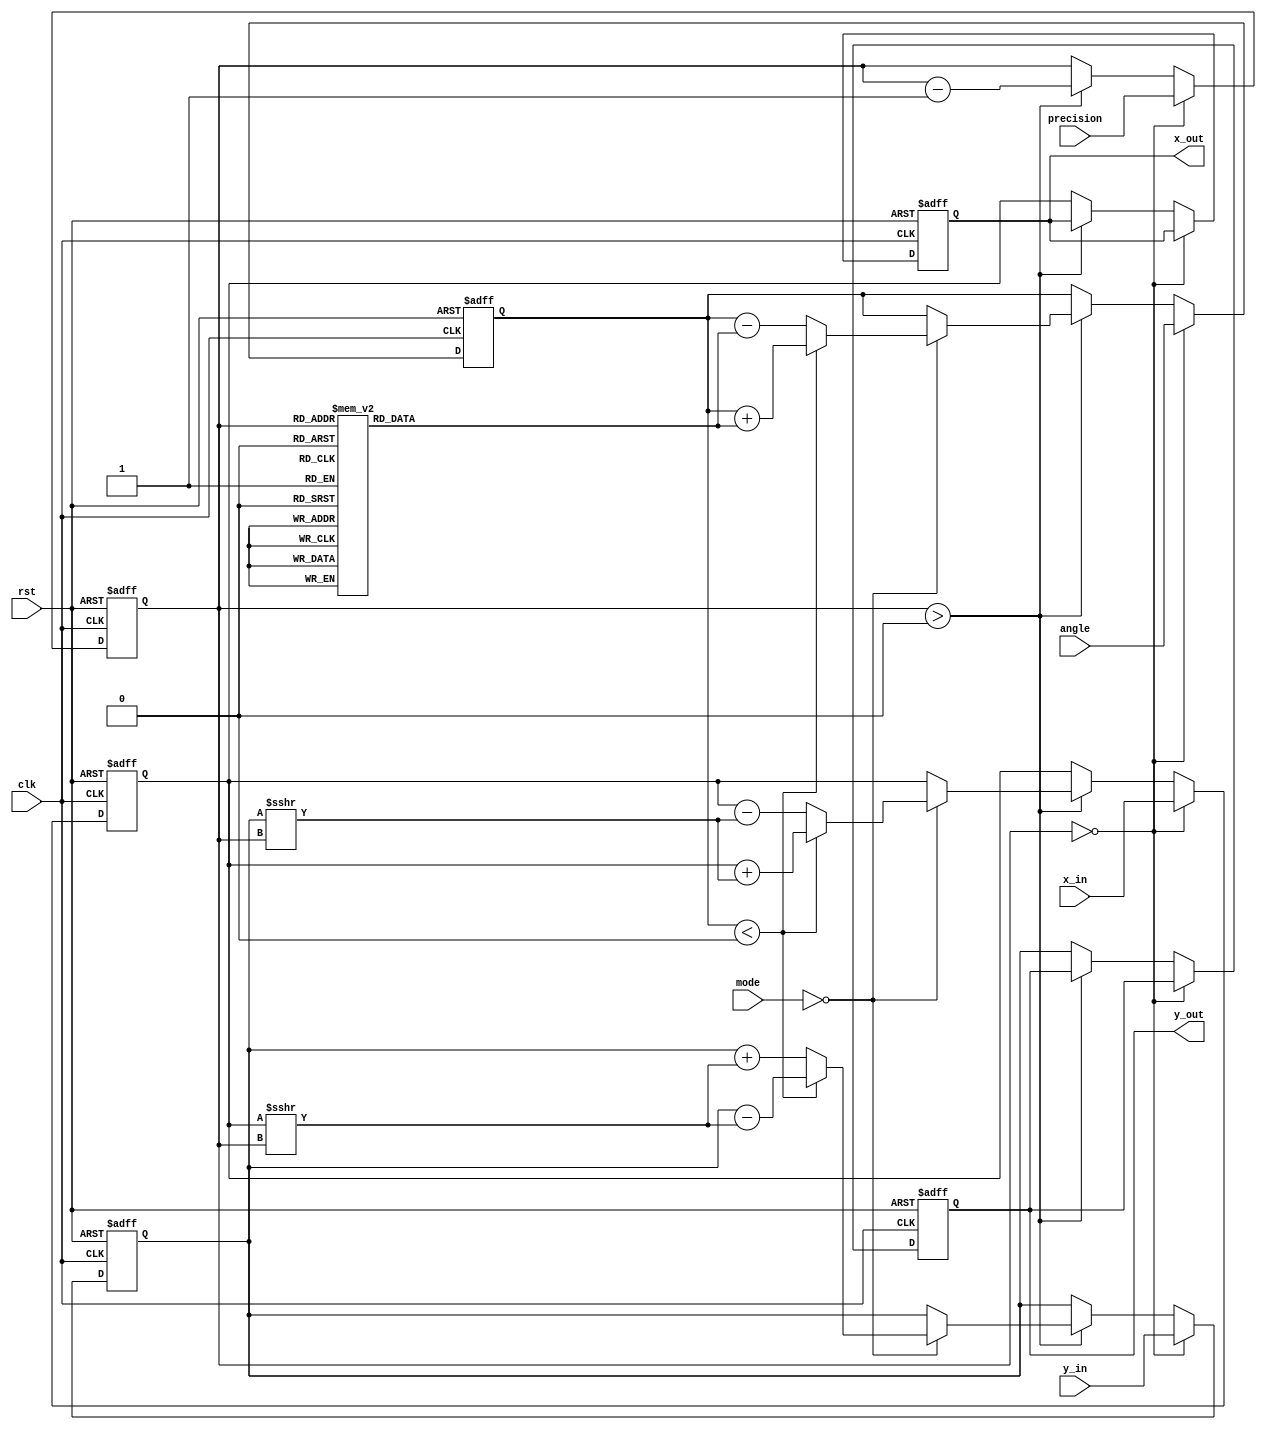
module adaptive_cordic (
    input wire clk,
    input wire rst,
    input wire [15:0] x_in,      // Input X coordinate
    input wire [15:0] y_in,      // Input Y coordinate
    input wire [15:0] angle,      // Input angle for rotation
    input wire [1:0] mode,       // Mode selection (00: rotation, 01: vectoring)
    input wire [3:0] precision,   // Precision setting (number of iterations)
    output reg [15:0] x_out,     // Output X coordinate
    output reg [15:0] y_out      // Output Y coordinate
);

    // CORDIC parameters
    reg [15:0] angle_table [0:15]; // Lookup table for angles
    reg [15:0] z;                   // Current angle
    reg [3:0] iteration;            // Iteration counter
    reg [15:0] x, y;               // Internal X and Y registers

    // Initialize angle lookup table
    initial begin
        angle_table[0] = 16'h0000; // atan(2^0)
        angle_table[1] = 16'h26B3; // atan(2^-1)
        angle_table[2] = 16'h1A62; // atan(2^-2)
        angle_table[3] = 16'h0D9F; // atan(2^-3)
        angle_table[4] = 16'h06F5; // atan(2^-4)
        angle_table[5] = 16'h03B3; // atan(2^-5)
        angle_table[6] = 16'h01DB; // atan(2^-6)
        angle_table[7] = 16'h00EF; // atan(2^-7)
        angle_table[8] = 16'h007F; // atan(2^-8)
        angle_table[9] = 16'h003F; // atan(2^-9)
        angle_table[10] = 16'h001F; // atan(2^-10)
        angle_table[11] = 16'h000F; // atan(2^-11)
        angle_table[12] = 16'h0007; // atan(2^-12)
        angle_table[13] = 16'h0003; // atan(2^-13)
        angle_table[14] = 16'h0001; // atan(2^-14)
        angle_table[15] = 16'h0000; // atan(2^-15)
    end

    // CORDIC processing
    always @(posedge clk or posedge rst) begin
        if (rst) begin
            x <= 16'h0000;
            y <= 16'h0000;
            z <= 16'h0000;
            iteration <= 4'b0000;
            x_out <= 16'h0000;
            y_out <= 16'h0000;
        end else begin
            if (iteration == 0) begin
                // Initialize inputs
                x <= x_in;
                y <= y_in;
                z <= angle;
                iteration <= precision; // Set iterations based on precision
            end else if (iteration > 0) begin
                // CORDIC rotation or vectoring based on mode
                if (mode == 2'b00) begin // Rotation mode
                    if (z < 0) begin
                        // Rotate clockwise
                        x <= x + (y >>> iteration);
                        y <= y - (x >>> iteration);
                        z <= z + angle_table[iteration];
                    end else begin
                        // Rotate counter-clockwise
                        x <= x - (y >>> iteration);
                        y <= y + (x >>> iteration);
                        z <= z - angle_table[iteration];
                    end
                end else if (mode == 2'b01) begin // Vectoring mode
                    // Implement vectoring logic here (not shown for brevity)
                end
                iteration <= iteration - 1; // Decrement iteration counter
            end else begin
                // Output final results
                x_out <= x;
                y_out <= y;
            end
        end
    end

endmodule